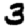
Digit: 3